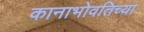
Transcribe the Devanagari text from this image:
कानाभोवतिच्या